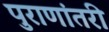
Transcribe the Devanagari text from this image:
पुराणांतरी